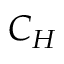
C _ { H }